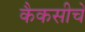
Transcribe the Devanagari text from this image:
कैकसीचे